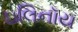
ઇલિનૉય